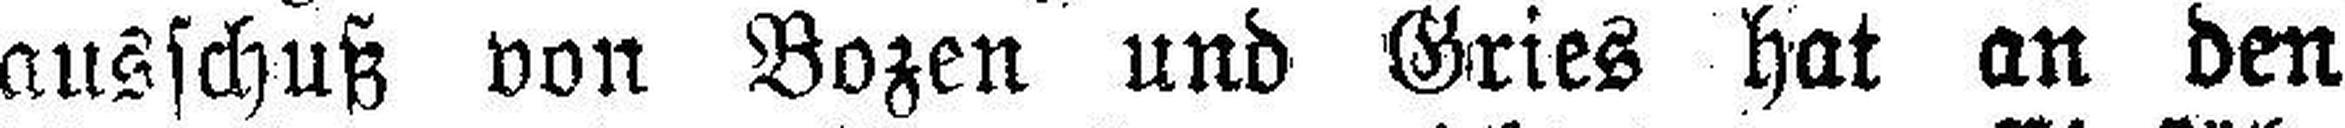
ausschuß von Bozen und Gries hat an den